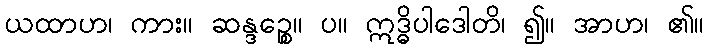
ယထာဟ၊ ကား။ ဆန္ဒဉ္စေ။ ပ။ ဣဒ္ဓိပါဒေါတိ၊ ၍။ အာဟ၊ ၏။